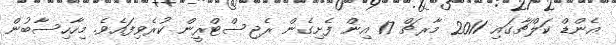
އެންޑް ކަލްޗާގައި 2011 މާރޗް 17 އިން ފެށިގެން ރެޖިސްޓްރީން ކުރެވިފައެވެ. މިހާހިސާބުން